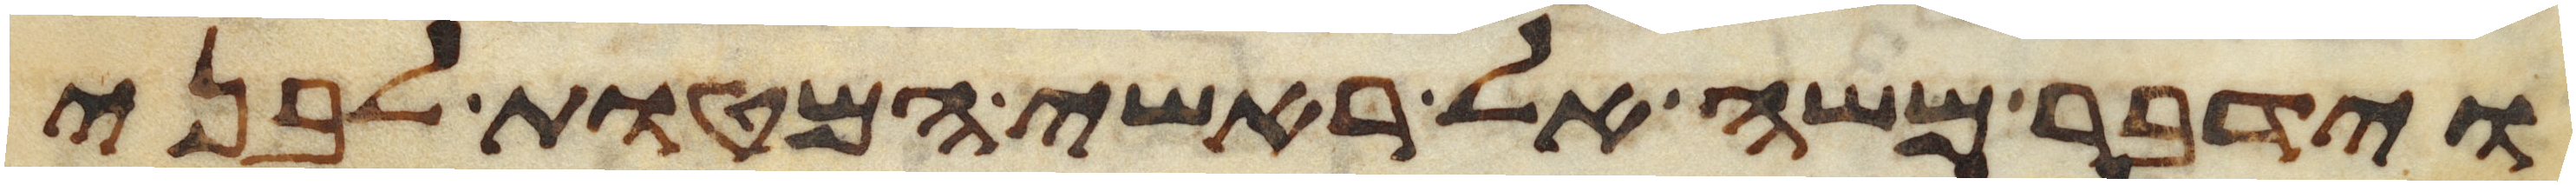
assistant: וידבר משה אל ראשי המטות לבני